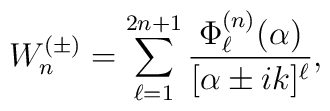
W^{(\pm)}_n=\sum_{\ell=1}^{2n+1}\frac{\Phi^{(n)}_{\ell}(\alpha)}{[\alpha\pm ik]^{\ell}},